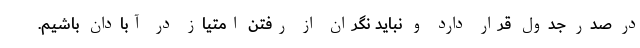
در صدر جدول قرار دارد و نباید نگران از رفتن امتیاز در آبادان باشیم.